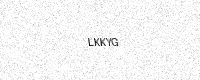
Text: LKKYG